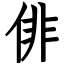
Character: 俳